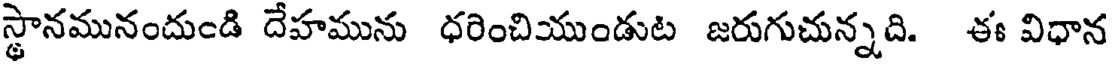
స్థానమునందుండి దేహమును ధరించియుండుట జరుగుచున్నది. ఈ విధాన